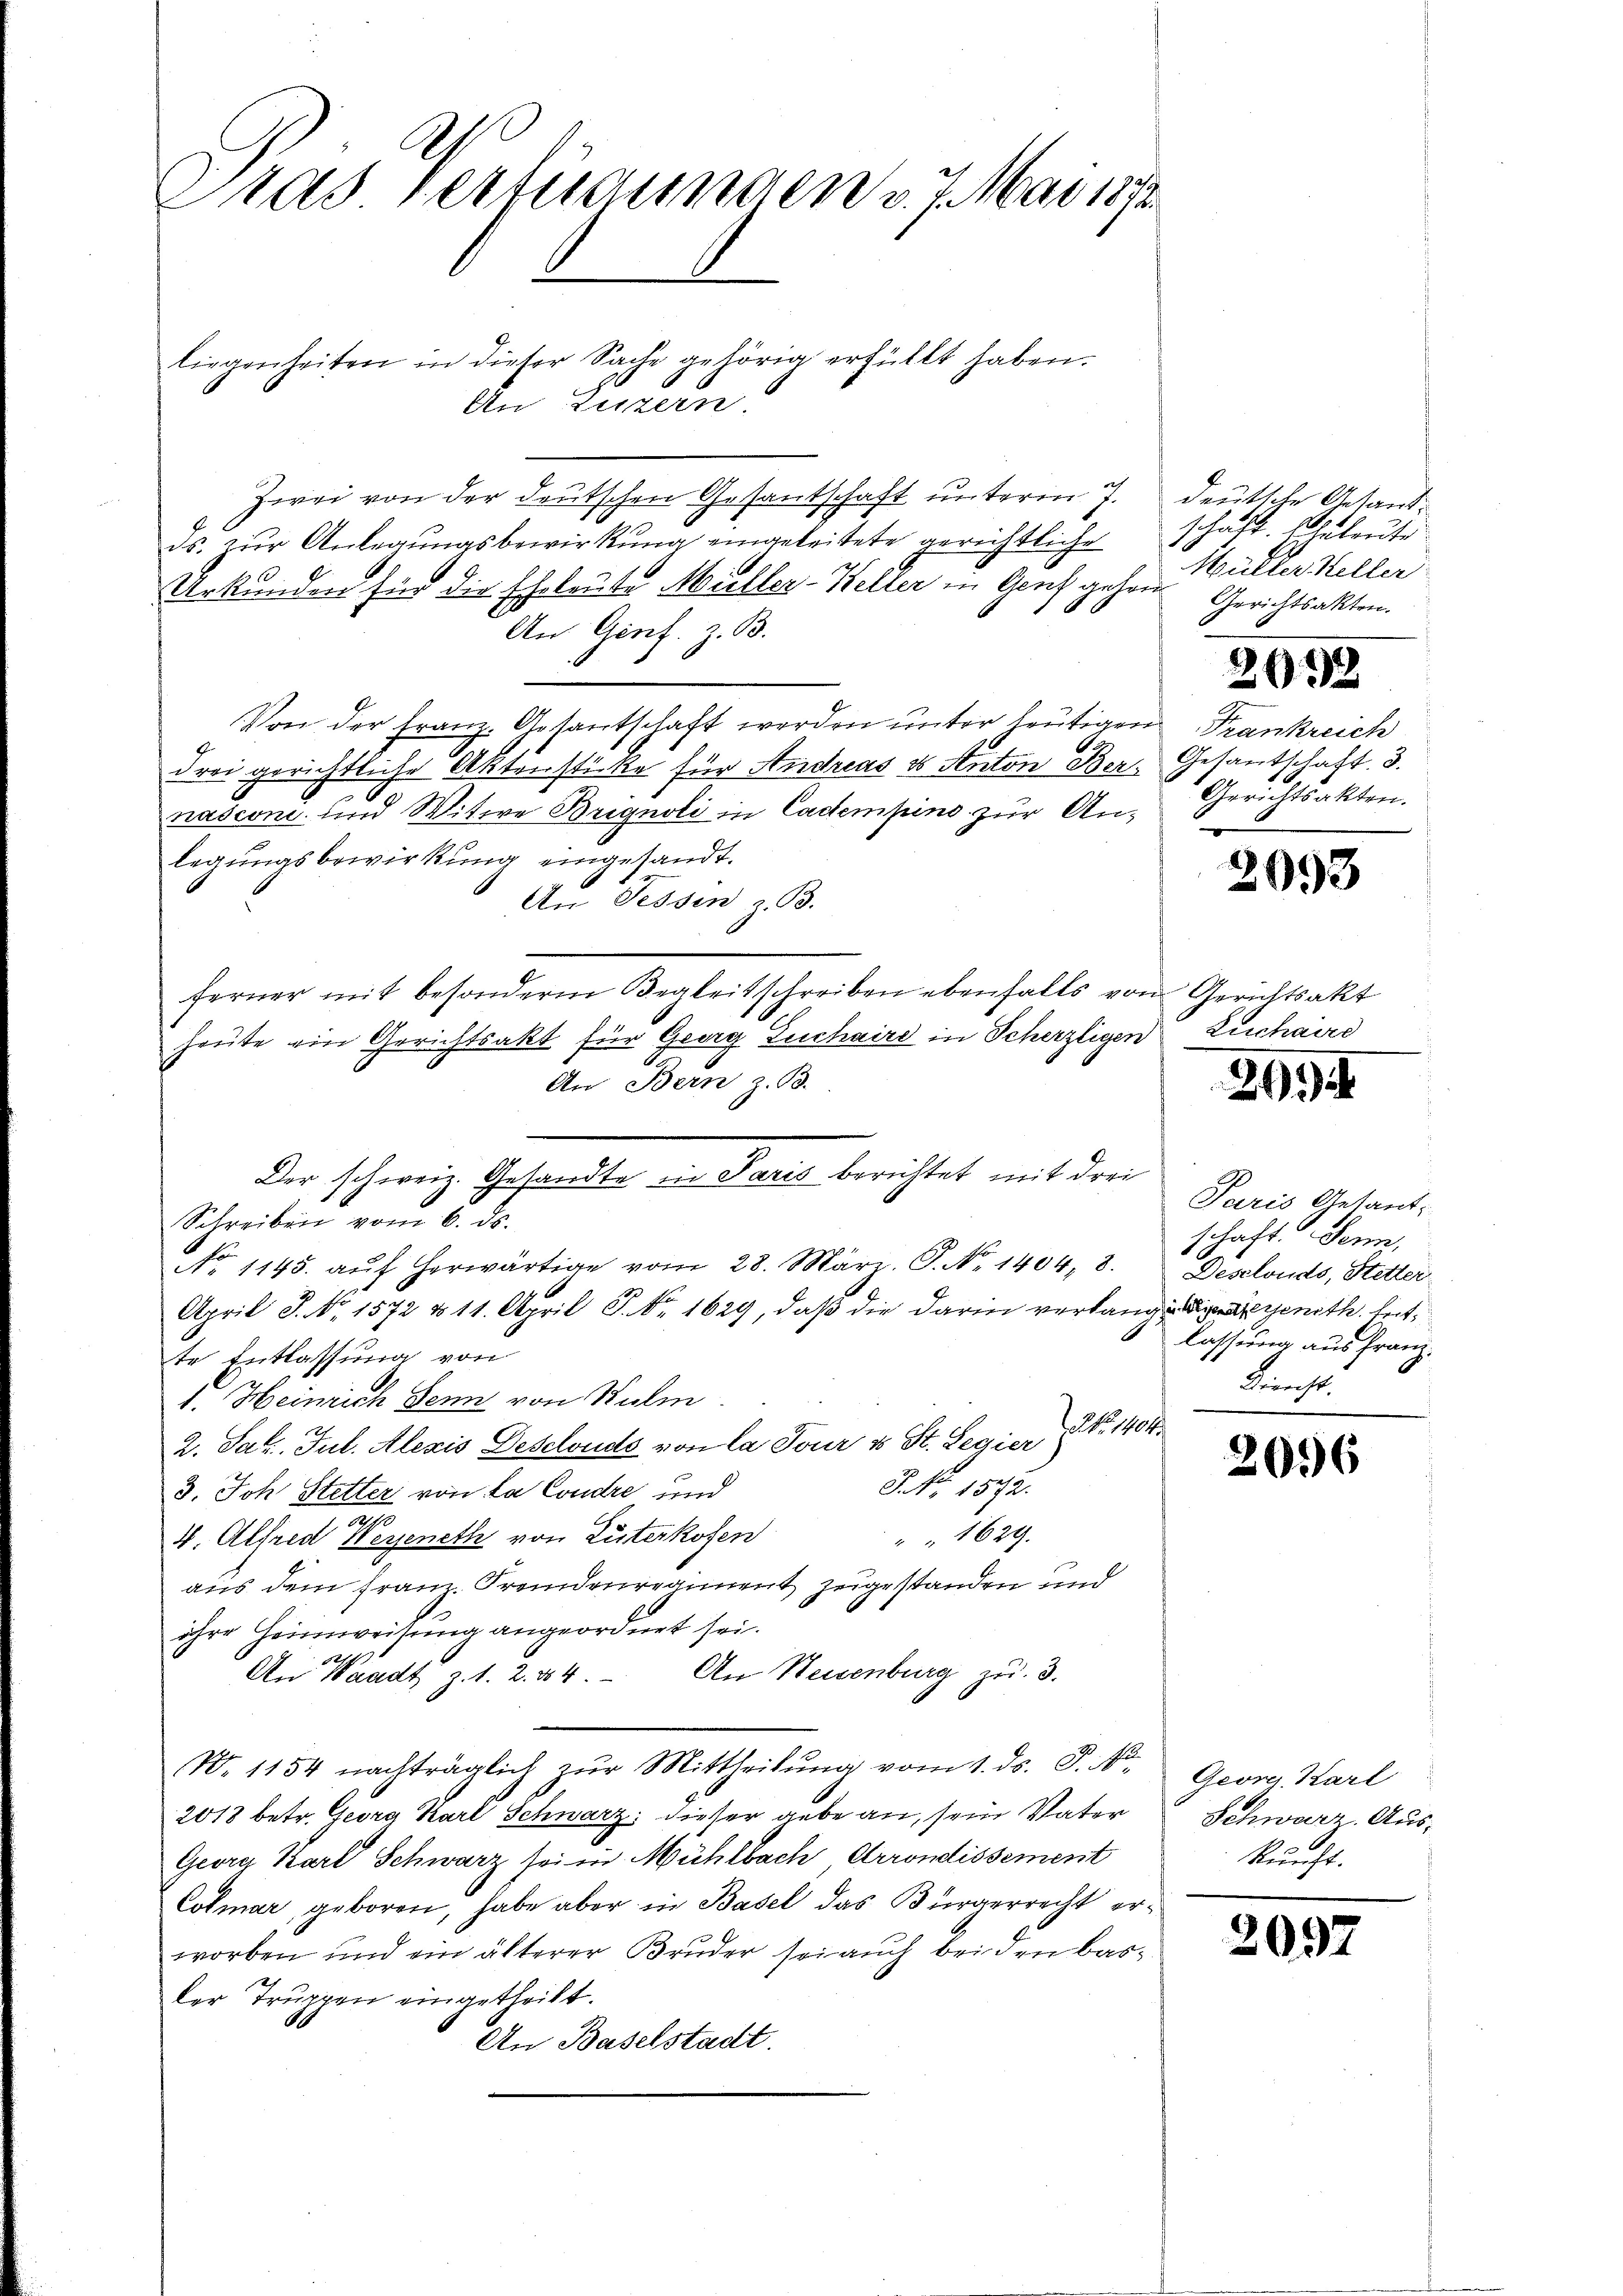
Dras Verfügungen v. 7. Mai 1872

liegenheiten in dieser Sache gehörig erfüllt haben.
An Luzern.
Zwei von der deutschen Gesantschaft unterm 7.
ds. zur Anlegungsbewirkung eingeleitete gerichtliche
Urkunden für die Eheleute Müller-Keller in Genf gehen Gerichtsakten.
An Genf. z. B.
Von der Franz. Gesantschaft werden unter heutigen Frankreich
drei gerichtliche Aktenstücke für Andreas es Anton Bernasconi und Witwe Brignoli in Cadempins zur Anlegŭngsbewirkung eingesandt.
An Fessen z. B.
ferner mit besonderm Begleitschreiben ebenfalls von Gerichtsakt
heute ein Gerichtsakt für Georg Zuchaire in Scherzligen Zuchard
An Bern z. B.
Der schweiz. Gesandte in Paris berichtet mit drei
No 1145. aŭf herwärtige vom 28. März. S. No. 1404, 8.
April S. Nr. 1572 & 11. April S. Nr. 1629, daß die darin verlange die genith leitte Entlassung von
1. Heinrich Senn von Sulm
2. Jak. Jul. Alexis Desclouds von la Tour u St. Legier P. Nr. 1404.
GNNo. 1572.
3. Joh. Stetter von La Condre und
u
1629.
4. Alfred Wegeneth von Luterkofen
aus dem Franz. Fremdenregiment zugestanden und
ihre Heimweisung angeordnet sei.
ch
An Heisenburg zu 3.
An Waadt z. 1. 2. 104.
N. 1154 nachträglich zŭr Mittheilŭng vom 1. ds. S. Nr.
2018 betr. Georg Karl Schwarz dieser gebe an, sein Vater
Georg Karl Schwarz sei in Mühlbach Arrondissement
Colmar, geboren, habe aber in Basel das Bürgerrecht erworben und ein älterer Bruder sei auch beiden basder Truppen eingetheilt.
An Baselstadt.

Schreiben vom 6. ds.

deutsche Gesandschaft. Eheleute
Müller Heller

2093

Gesandtschaft, 3.
Gerichtsakten.

2093

2994

Paris Gesant,
schaft. Senn,
Deselonds, Stetter
lassung aus Franz.
Knecht

2096

Georg Karl
Schwarz. Auskunft.

209